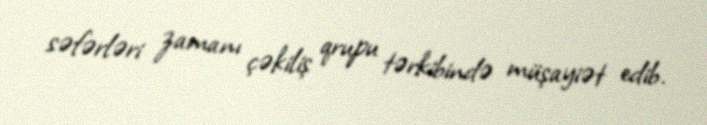
səfərləri zamanı çəkiliş qrupu tərkibində müşayiət edib.